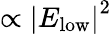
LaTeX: \propto\left|E_{\mathrm{low}}\right|^{2}